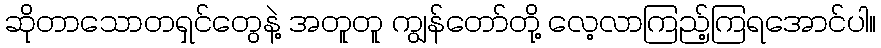
ဆိုတာသောတရှင်တွေနဲ့ အတူတူ ကျွန်တော်တို့ လေ့လာကြည့်ကြရအောင်ပါ။